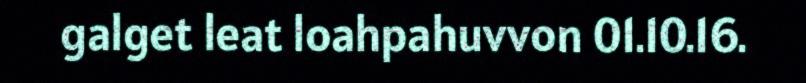
galget leat loahpahuvvon 01.10.16.